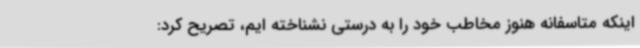
اینکه متاسفانه هنوز مخاطب خود را به درستی نشناخته ایم، تصریح کرد: